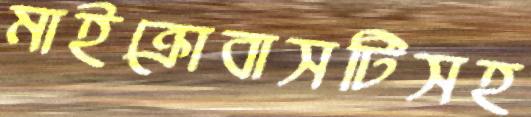
মাইক্রোবাসটিসহ